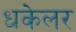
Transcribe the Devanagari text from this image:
धकेलर